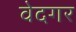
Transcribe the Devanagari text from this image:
वेदगर